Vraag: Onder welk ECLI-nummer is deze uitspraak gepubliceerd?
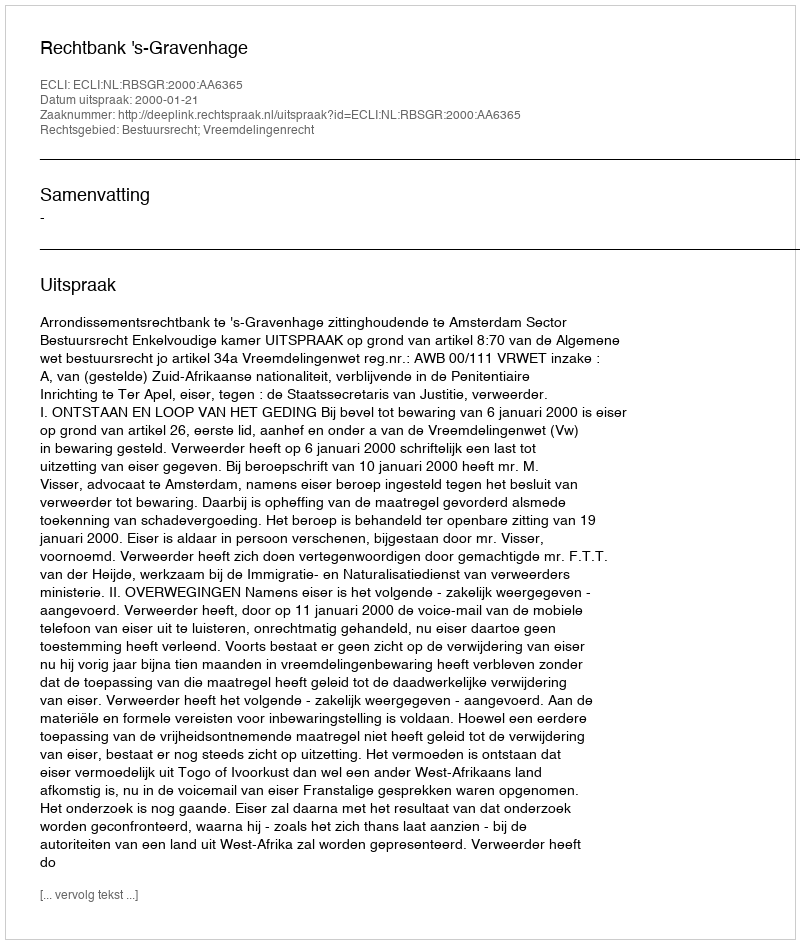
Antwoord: ECLI:NL:RBSGR:2000:AA6365